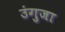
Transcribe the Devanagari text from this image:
उंगुजा